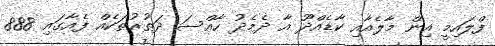
ފްލައިމީ އިން މާލެއާއި ކާޑެއްދޫ އާ ދެމެދު ހާއްސަ ދަތުރުތަކެއް ފެއާގައި 888